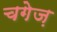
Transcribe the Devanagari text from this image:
चगेज़